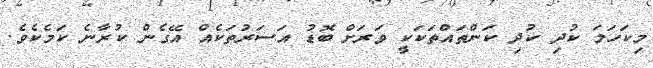
މިކަހަލަ ކުދި ކުދި ކަންތައްތަކަކީ ވަރަށް ބޮޑު އަސަރުތަކެއް އޭގެން ކުރާނެ ކަމެކެވެ.